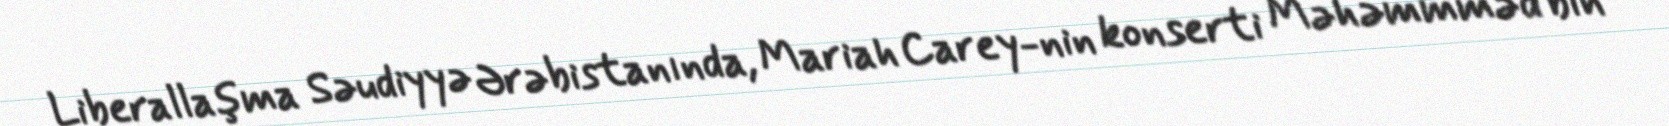
Liberallaşma Səudiyyə Ərəbistanında, Mariah Carey-nin konserti Məhəmmməd bin